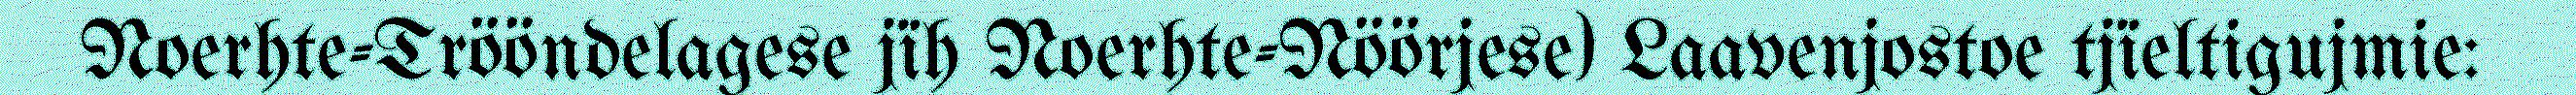
Noerhte-Trööndelagese jïh Noerhte-Nöörjese) Laavenjostoe tjïeltigujmie: